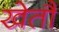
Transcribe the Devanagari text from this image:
खेतौं